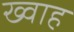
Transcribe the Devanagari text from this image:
ख्वाह